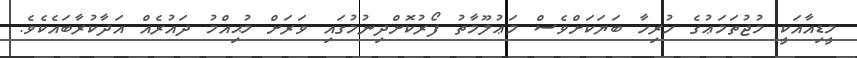
މީޑިއާއަކީ މުޖުތަމަޢުގެ ހުރިހާ ބަޔަކަށްވެސް މަޢުލޫމާތު ފޯރުކޮށްދިނުމުގައި ވަރަށް މުޙިއްމު ދައުރެއް އަދާކުރާބައެކެވެ.